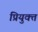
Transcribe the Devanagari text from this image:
प्रियुक्त